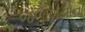
જળાશયોનો